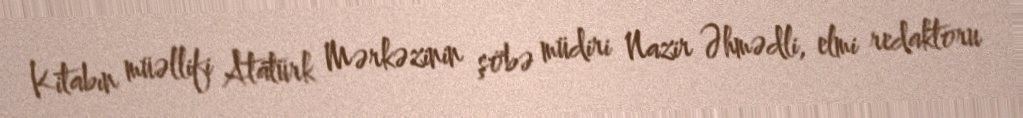
Kitabın müəllifi Atatürk Mərkəzinin şöbə müdiri Nazir Əhmədli, elmi redaktoru